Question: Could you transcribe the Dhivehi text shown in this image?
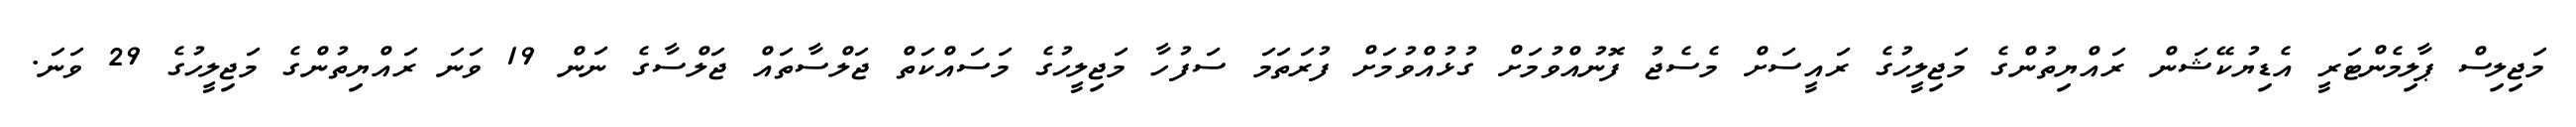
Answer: މަޖިލިސް ޕާލިމެންޓަރީ އެޑިޔުކޭޝަން ރައްޔިތުންގެ މަޖިލީހުގެ ރައީސަށް މެސެޖު ފޮނުއްވުމަށް ގުޅުއްވުމަށް ފުރަތަމަ ސަފުހާ މަޖިލީހުގެ މަސައްކަތް ޖަލްސާތައް ޖަލްސާގެ ނަން 19 ވަނަ ރައްޔިތުންގެ މަޖިލީހުގެ 29 ވަނަ.